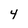
Character: 4